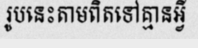
រូបនេះតាមពិតទៅគ្មានអ្វី